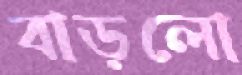
বাড়লো